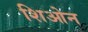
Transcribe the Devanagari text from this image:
शिओन